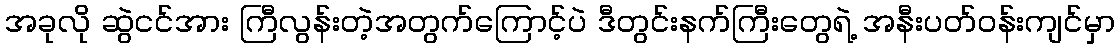
အခုလို ဆွဲငင်အား ကြီလွန်းတဲ့အတွက်ကြောင့်ပဲ ဒီတွင်းနက်ကြီးတွေရဲ့ အနီးပတ်ဝန်းကျင်မှာ